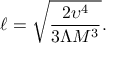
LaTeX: \ell = \sqrt { \frac { 2 \upsilon ^ { 4 } } { 3 \Lambda M ^ { 3 } } } .